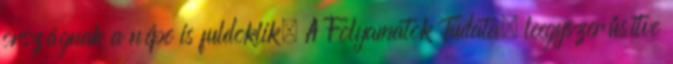
országnak a népe is fuldoklik. A Folyamatok Tudata, leegyszerűsítve